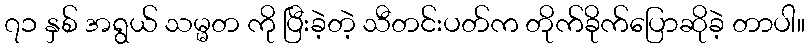
၇၁ နှစ် အရွယ် သမ္မတ ကို ပြီးခဲ့တဲ့ သီတင်းပတ်က တိုက်ခိုက်ပြောဆိုခဲ့ တာပါ။